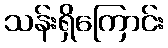
သန်းရှိကြောင်း